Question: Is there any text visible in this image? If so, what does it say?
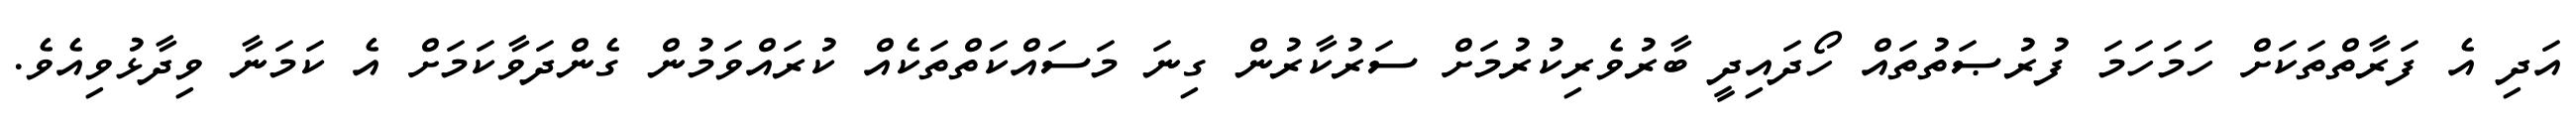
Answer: އަދި އެ ފަރާތްތަކަށް ހަމަހަމަ ފުރުޞަތުތައް ހޯދައިދީ ބާރުވެރިކުރުމަށް ސަރުކާރުން ގިނަ މަސައްކަތްތަކެއް ކުރައްވަމުން ގެންދަވާކަމަށް އެ ކަމަނާ ވިދާޅުވިއެވެ.